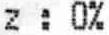
Z : 0%